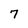
Character: 7